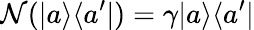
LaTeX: \mathcal{N}(|a\rangle\langle a^{\prime}|)=\gamma|a\rangle\langle a^{\prime}|